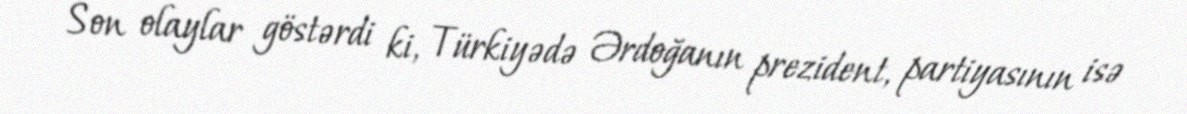
Son olaylar göstərdi ki, Türkiyədə Ərdoğanın prezident, partiyasının isə